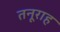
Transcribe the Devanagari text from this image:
तनूराह